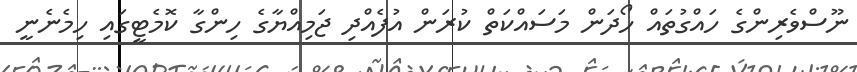
ނޫސްވެރިންގެ ހައްގުތައް ހޯދަން މަސައްކަތް ކުރަން އުފެއްދި ޖަމިއްޔާގެ ހިންގާ ކޮމެޓީގައި ހިމެނެނީ